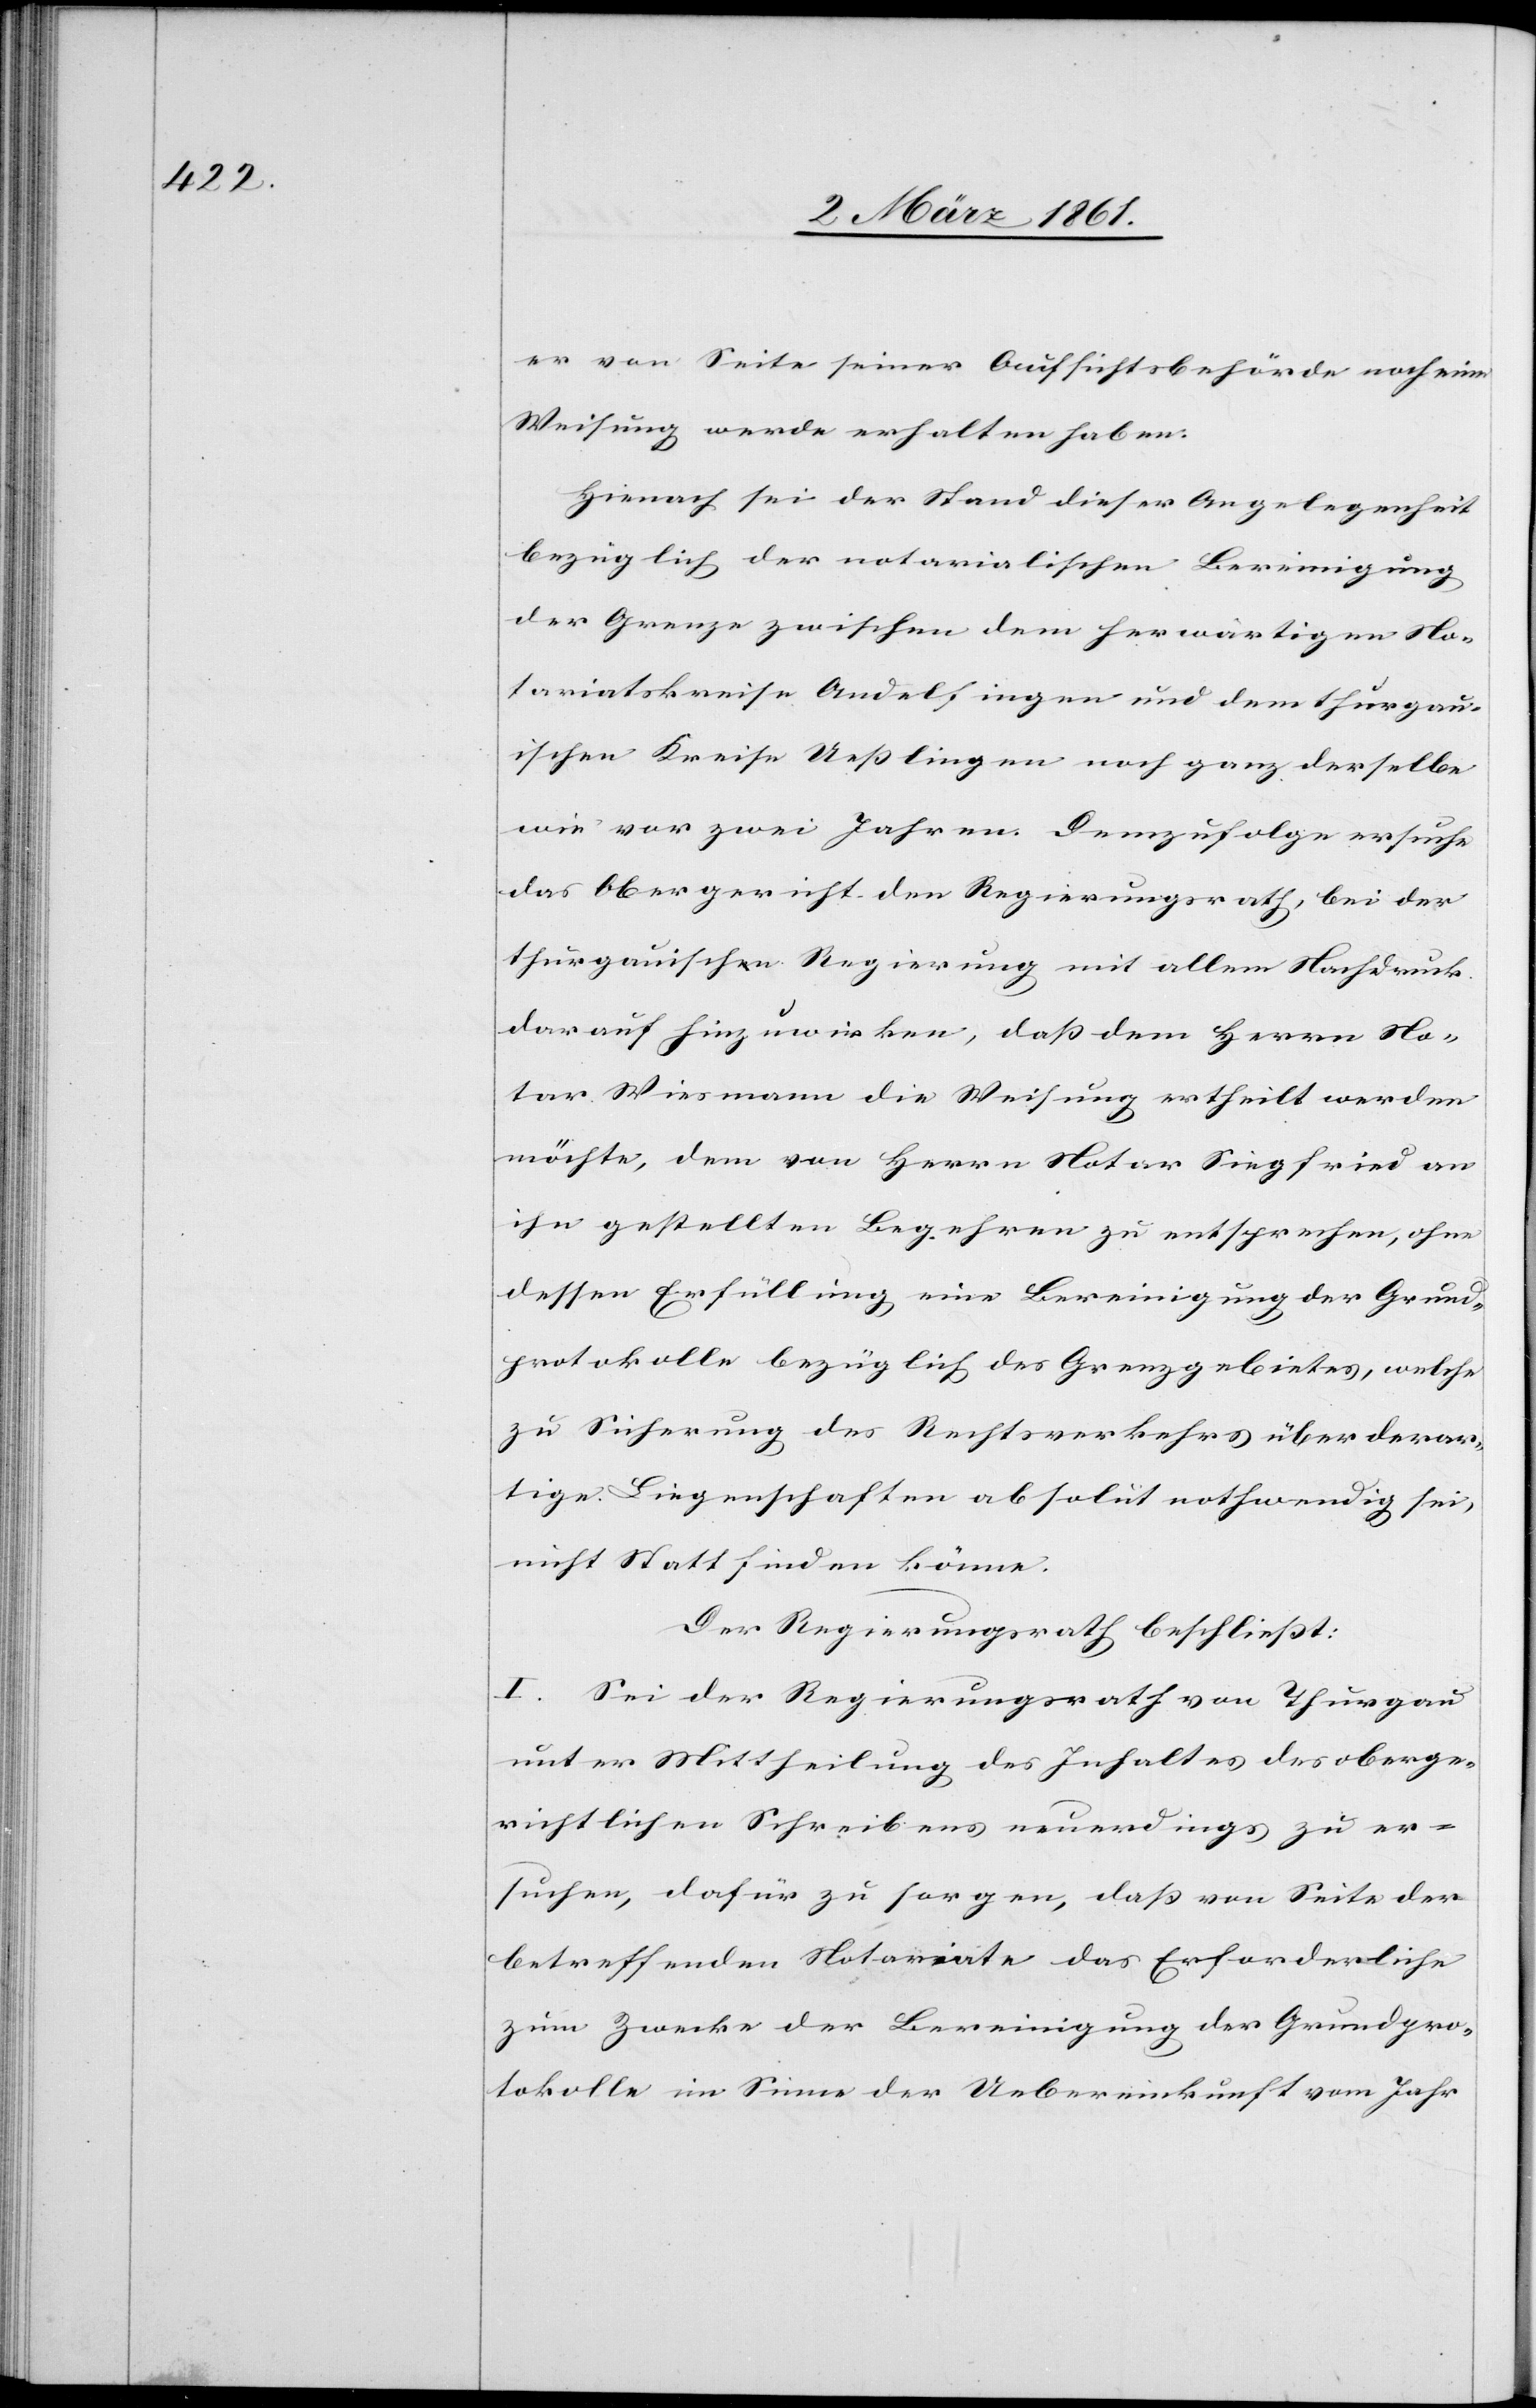
er von Seite seiner Aufsichtsbehörde noch eine
Weisung werde erhalten haben.
Hienach sei der Stand dieser Angelegenheit
bezüglich der notarialischen Bereinigung
der Grenze zwischen dem herwärtigen No¬
tariatskreise Andelfingen und dem thurgau¬
ischen Kreise Uesslingen noch ganz derselbe
wie vor zwei Jahren. Demzufolge ersuche
das Obergericht den Regierungsrath, bei der
thurgauischen Regierung mit allem Nachdruck
darauf hinzuwirken, dass dem Herrn No¬
tar Wiesmann die Weisung ertheilt werden
möchte, dem von Herrn Notar Siegfried an
ihn gestellten Begehren zu entsprechen, ohne
dessen Erfüllung eine Bereinigung der Grund¬
protokolle bezüglich des Grenzgebietes, welche
zu Sicherung des Rechtsverkehrs über derar¬
tige Liegenschaften absolut nothwendig sei,
nicht statt finden könne.
Der Regierungsrath beschliesst:
I. Sei der Regierungsrath von Thurgau
unter Mittheilung des Inhaltes des oberge¬
richtlichen Schreibens neuerdings zu er¬
suchen, dafür zu sorgen, dass von Seite der
betreffenden Notariate das Erforderliche
zum Zwecke der Bereinigung der Grundpro¬
tokolle im Sinne der Uebereinkunft vom Jahr